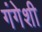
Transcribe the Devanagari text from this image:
गंगेशी